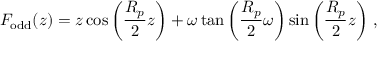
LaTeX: F _ { \mathrm { o d d } } ( z ) = z \cos \left( \frac { R _ { p } } { 2 } z \right) + \omega \tan \left( \frac { R _ { p } } { 2 } \omega \right) \sin \left( \frac { R _ { p } } { 2 } z \right) \, ,